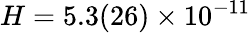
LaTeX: H=5.3(26)\times 10^{-11}